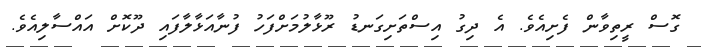
ގޮސް ރީތިވާން ފެށިއެވެ. އެ ދިގު އިސްތަށިގަނޑު ރޫޅާލުމަށްފަހު ފުނާއަޅާލާފައި ދޫކޮށް އައްސާލިއެވެ.